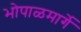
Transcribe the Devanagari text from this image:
भोपाळमार्गे